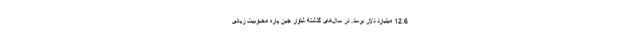
12.6 میلیارد دلار برسد. در سال‌های گذشته شلوار جین پاره محبوبیت زیادی